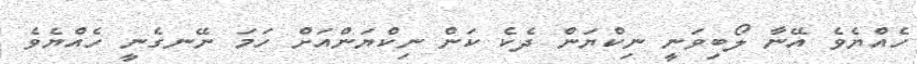
ހެއްޔެވެ އޭނާ ލޯބިވަނީ ނިކްޔަން ދެކެ ކަން ނިކްޔަންއަށް ހަމަ ނޭނގެނީ ހެއްޔެވެ